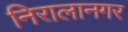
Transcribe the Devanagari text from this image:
निरालानगर